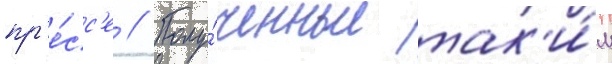
пр'е́сс'е // Полу́ченные так'и́м